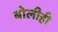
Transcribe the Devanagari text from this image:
बोलीही